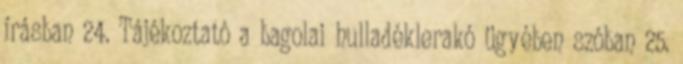
írásban 24. Tájékoztató a bagolai hulladéklerakó ügyében szóban 25.